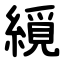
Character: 䌐